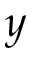
y